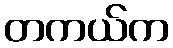
တကယ်က